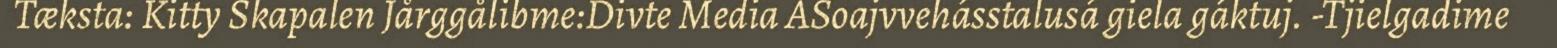
Tæksta: Kitty Skapalen Jårggålibme:Divte Media ASoajvvehásstalusá giela gáktuj. -Tjielgadime